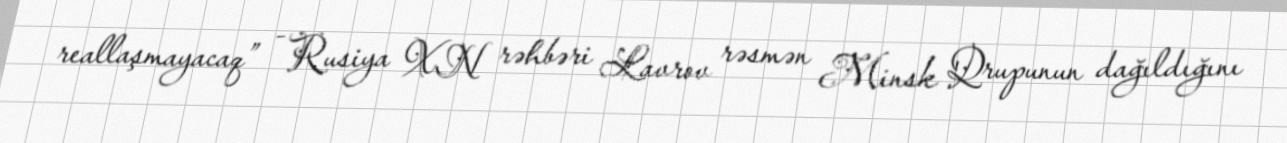
reallaşmayacaq” - Rusiya XN rəhbəri Lavrov rəsmən Minsk Qrupunun dağıldığını